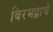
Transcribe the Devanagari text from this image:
विरभद्राचे